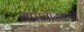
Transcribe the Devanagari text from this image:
भासनाटकांचे